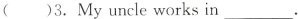
( )3.My uncle works in___.